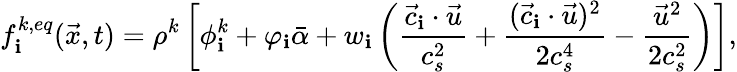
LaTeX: f_{\mathbf{i}}^{k,eq}(\vec{{x}},t)=\rho^{k}\left[\phi_{\mathbf{i}}^{k}+\varphi_{\mathbf{i}}\bar{{\alpha}}+w_{\mathbf{i}}\left(\frac{{\vec{{c}}_{\mathbf{i}}\cdot\vec{{u}}}}{{c_{s}^{2}}}+\frac{{(\vec{{c}}_{\mathbf{i}}\cdot\vec{{u}})^{2}}}{{2c_{s}^{4}}}-\frac{{\vec{{u}}^{2}}}{{2c_{s}^{2}}}\right)\right],